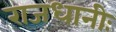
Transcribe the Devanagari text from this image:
राजधानीः